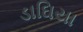
ડાઘિયા